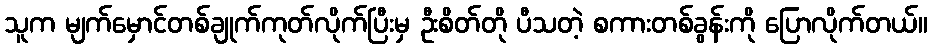
သူက မျက်မှောင်တစ်ချုက်ကုတ်လိုက်ပြီးမှ ဦးစိတ်တို ပီသတဲ့ စကားတစ်ခွန်းကို ပြောလိုက်တယ်။